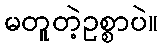
မတူတဲ့ဥစ္စာပဲ။